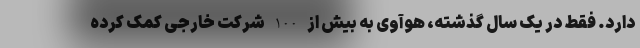
دارد. فقط در یک سال گذشته، هوآوی به بیش از 100 شرکت خارجی کمک کرده